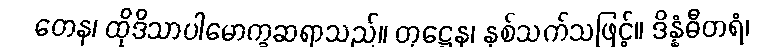
တေန၊ ထိုဒိသာပါမောက္ခဆရာသည်။ တုဋ္ဌေန၊ နှစ်သက်သဖြင့်။ ဒိန္နံဓီတရံ၊